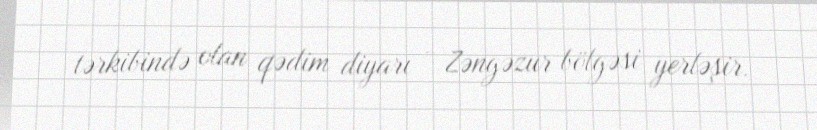
tərkibində olan qədim diyarı - Zəngəzur bölgəsi yerləşir.